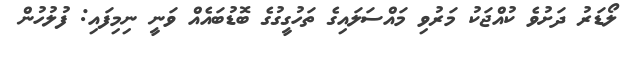
ލޯޑަރު ދަށުވެ ކުއްޖަކު މަރުވި މައްސަލައިގެ ތަހުގީގުގެ ބޮޑުބައެއް ވަނީ ނިމިފައި: ފުލުހުން